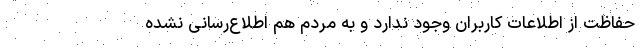
حفاظت از اطلاعات کاربران وجود ندارد و به مردم هم اطلاع‌رسانی نشده